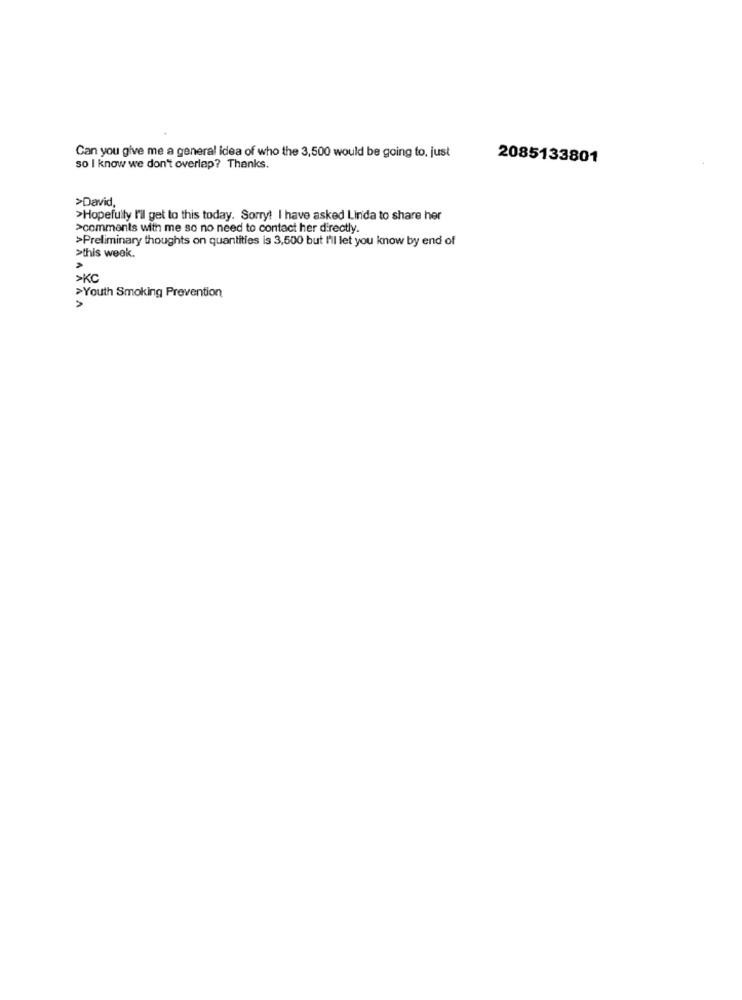
Can you give me a general idea of who the 3,500 would be going to, just
2085133801
so I know we don't overlap? Thanks.
>David,
>Hopefully I'll get to this today. Sorry! I have asked Linda to share her
>comments with me so no need to contact her directly.
>Preliminary thoughts on quantities is 3,500 but I'll let you know by end of
>this week.
>KC
>Youth Smoking Prevention